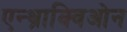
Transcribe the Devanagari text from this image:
एन्थ्राक्विओन